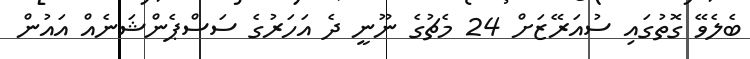
ބެލެވޭ ގޮތުގައި ސުއަރޭޒަށް 24 މެޗުގެ ނޫނީ ދެ އަހަރުގެ ސަސްޕެންޝަނެއް އައުން